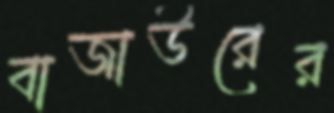
বাজাউরের